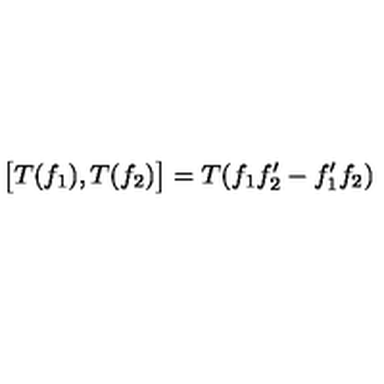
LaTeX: \bigl [ T ( f _ { 1 } ) , T ( f _ { 2 } ) \bigr ] = T ( f _ { 1 } f _ { 2 } ^ { \prime } - f _ { 1 } ^ { \prime } f _ { 2 } )